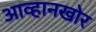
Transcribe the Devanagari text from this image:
आव्हानखोर